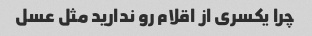
چرا یکسری از اقلام رو ندارید مثل عسل